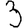
Digit: 3